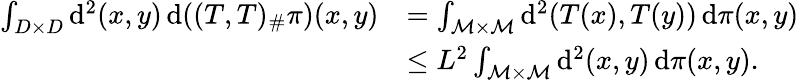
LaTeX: \begin{array}{rl}{\int_{D\times D}\mathrm{d}^{2}(x,y)\, \mathrm{d}((T,T)_{\# }\pi)(x,y)}&{=\int_{\mathcal{M}\times\mathcal{M}}\mathrm{d}^{2}(T(x),T(y))\, \mathrm{d}\pi(x,y)}\\ &{\le L^{2}\int_{\mathcal{M}\times\mathcal{M}}\mathrm{d}^{2}(x,y)\, \mathrm{d}\pi(x,y).}\end{array}